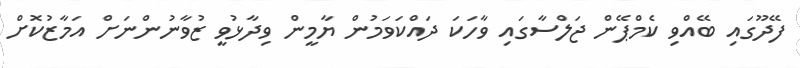
ފޭދޫގައި ބޭއްވި ކެމްޕޭން ޖަލްސާގައި ވާހަކަ ދައްކަވަމުން ޔާމީން ވިދާޅުވީ ޒުވާނުންނަށް އަމާޒުކޮށް